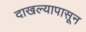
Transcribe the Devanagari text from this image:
दाखल्यापासून